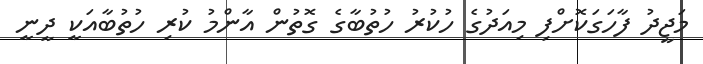
މަޖީދު ފާހަގަކޮށްފި މިއަދުގެ ހުކުރު ހުތުބާގެ ގޮތުން އާންމު ކުރި ހުތުބާއަކީ ދީނީ